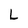
Character: L